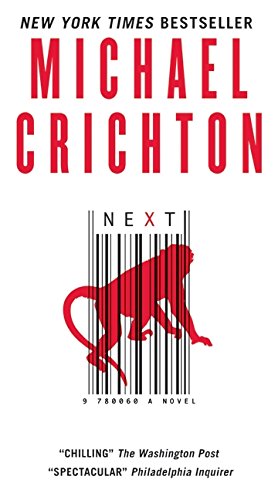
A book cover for Next; Michael Crichton; Mystery, Thriller & Suspense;